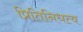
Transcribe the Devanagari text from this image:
प्रितिनिधत्व